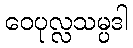
ဝေပုလ္လသမ္ပဒါ